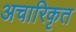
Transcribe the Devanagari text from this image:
अचारिकृत